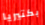
بكتيريا